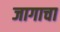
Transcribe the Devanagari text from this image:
जागाचा